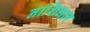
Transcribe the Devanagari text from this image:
नाशिनल